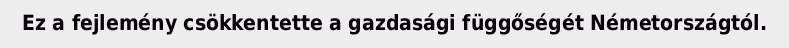
Ez a fejlemény csökkentette a gazdasági függőségét Németországtól.